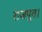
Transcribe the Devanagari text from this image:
राजपूत।